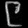
Digit: ၉